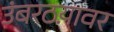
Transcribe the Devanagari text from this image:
उंबरठय़ावर